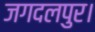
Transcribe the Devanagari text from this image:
जगदलपुर।